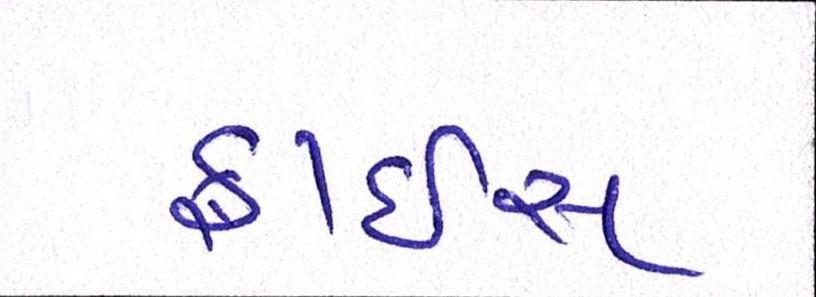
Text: ફ્રાઇસ